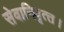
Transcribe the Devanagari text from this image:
सेवानिवृत्‍त।